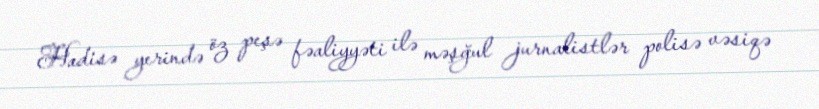
Hadisə yerində öz peşə fəaliyyəti ilə məşğul jurnalistlər polisə vəsiqə